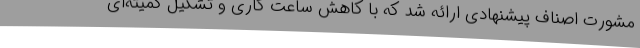
مشورت اصناف پیشنهادی ارائه شد که با کاهش ساعت کاری و تشکیل کمیته‌ای